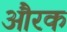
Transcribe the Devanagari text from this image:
औरक